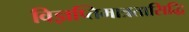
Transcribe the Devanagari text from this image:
विज्ञप्तिमात्रतासिद्धि